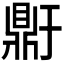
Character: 𬹥